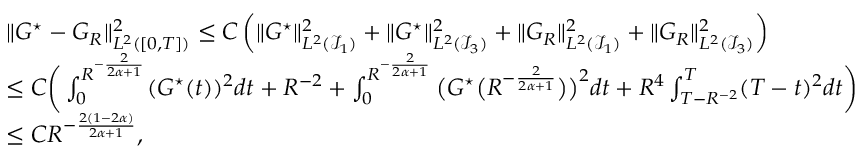
\begin{array} { r l } & { \| G ^ { \star } - { G } _ { R } \| _ { L ^ { 2 } ( [ 0 , T ] ) } ^ { 2 } \le C \left( \| G ^ { \star } \| _ { L ^ { 2 } ( \mathcal { I } _ { 1 } ) } ^ { 2 } + \| G ^ { \star } \| _ { L ^ { 2 } ( \mathcal { I } _ { 3 } ) } ^ { 2 } + \| G _ { R } \| _ { L ^ { 2 } ( \mathcal { I } _ { 1 } ) } ^ { 2 } + \| G _ { R } \| _ { L ^ { 2 } ( \mathcal { I } _ { 3 } ) } ^ { 2 } \right) } \\ & { \le C \bigg ( \int _ { 0 } ^ { R ^ { - \frac { 2 } { 2 \alpha + 1 } } } ( G ^ { \star } ( t ) ) ^ { 2 } d t + R ^ { - 2 } + \int _ { 0 } ^ { R ^ { - \frac { 2 } { 2 \alpha + 1 } } } \big ( G ^ { \star } \big ( R ^ { - \frac { 2 } { 2 \alpha + 1 } } \big ) \big ) ^ { 2 } d t + R ^ { 4 } \int _ { T - R ^ { - 2 } } ^ { T } ( T - t ) ^ { 2 } d t \bigg ) } \\ & { \le C R ^ { - \frac { 2 ( 1 - 2 \alpha ) } { 2 \alpha + 1 } } , } \end{array}